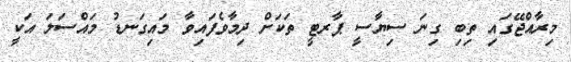
މިރާއްޖޭގައި ތިބި ގިނަ ސިޔާސީ ޕާރޓީ ތަކަށް ދިމާވެފައިވާ މައިގަނޑު މައްސަލަ އަކީ